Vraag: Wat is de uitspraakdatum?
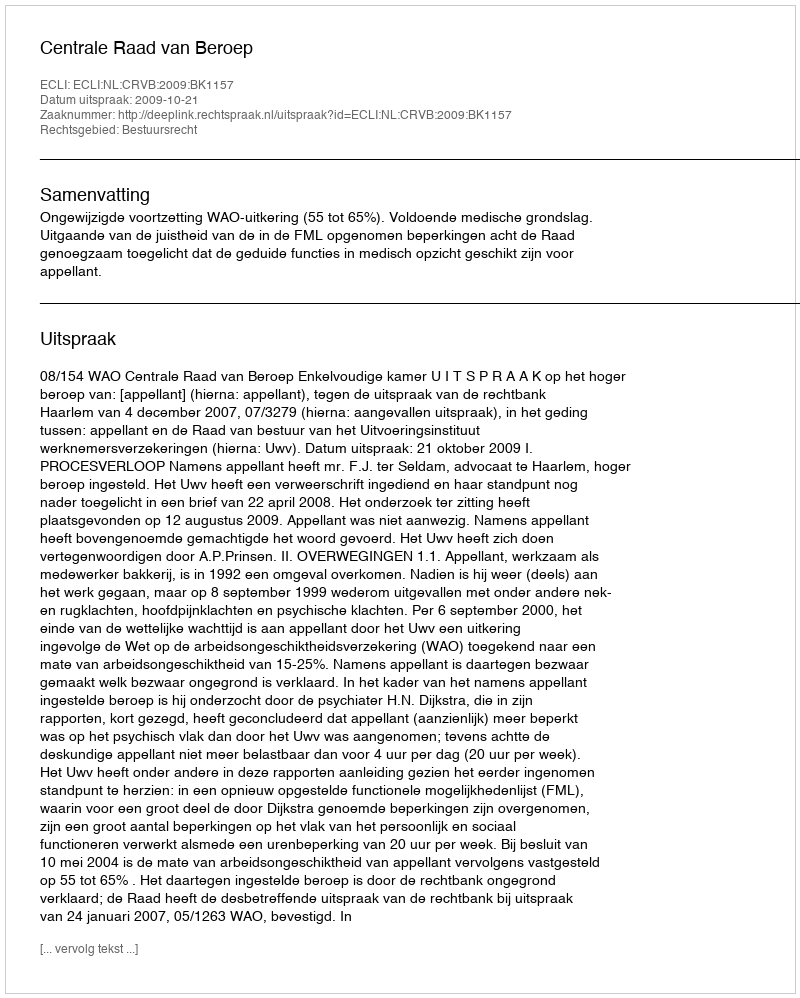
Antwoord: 2009-10-21